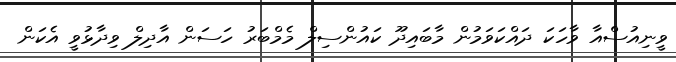
ވީނިއުސްއާ ވާހަކަ ދައްކަވަމުން މާބައިދޫ ކައުންސިލް މެމްބަރު ހަސަން އާދިލް ވިދާޅުވީ އެކަން